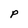
Character: p